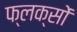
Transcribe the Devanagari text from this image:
फ्लक्सों